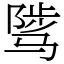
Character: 骘